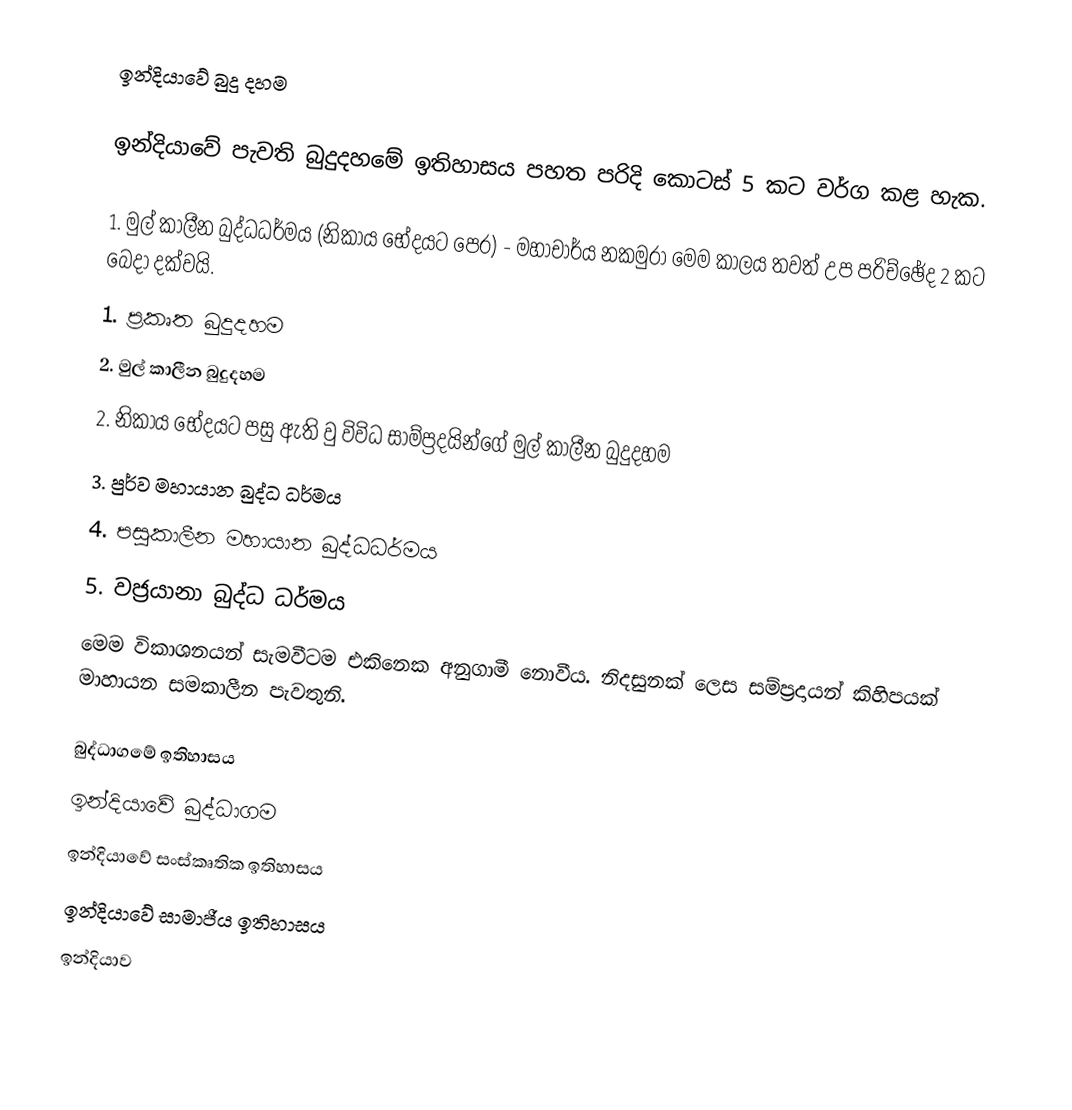
ඉන්දියාවේ බුදු දහම

ඉන්දියාවේ පැවති බුදුදහමේ ඉතිහාසය පහත පරිදි කොටස් 5 කට වර්ග කළ හැක.

1.	මුල් කාලීන බුද්ධධර්මය (නිකාය භේදයට පෙර) - මහාචාර්ය නකමුරා මෙම කාලය තවත් උප පරිච්ඡේද 2 කට බෙදා දක්වයි.
1.	ප්‍රකෘත බුදුදහම
2.	මුල් කාලීන බුදුදහම
2.	නිකාය භේදයට පසු ඇති වු විවිධ සාම්ප්‍රදයින්ගේ මුල් කාලීන බුදුදහම
3.	පුර්ව මහායාන බුද්ධ ධර්මය
4.	පසුකාලීන මහායාන බුද්ධධර්මය
5.	වජ්‍රයානා බුද්ධ ධර්මය
මෙම විකාශනයන් සැමවීටම එකිනෙක අනුගාමී නොවීය. නිදසුනක් ලෙස සම්ප්‍රදායන් කිහිපයක් මාහායන සමකාලීන පැවතුනි.

බුද්ධාගමේ ඉතිහාසය
ඉන්දියාවේ බුද්ධාගම
ඉන්දියාවේ සංස්කෘතික ඉතිහාසය
ඉන්දියාවේ සාමාජීය ඉතිහාසය
ඉන්දියාව